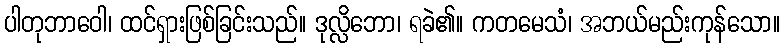
ပါတုဘာဝေါ၊ ထင်ရှားဖြစ်ခြင်းသည်။ ဒုလ္လိဘော၊ ရခဲ၏။ ကတမေသံ၊ အဘယ်မည်းကုန်သော။